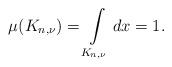
LaTeX: \begin{align*}\mu(K_{n,\nu})=\int\limits_{K_{n,\nu}}dx=1.\end{align*}